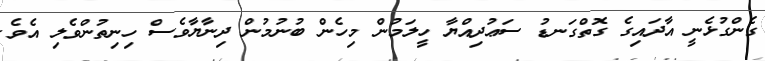
ގެންގުޅެނީ އާދައިގެ ގޮތްގަނޑު ސަޢުދިއްޔާ ހީލަމުން މިހެން ބުނުމުން ދިނާޔާވެސް ހިނިތުންވެލި އެވެ.